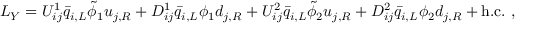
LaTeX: { \cal L } _ { Y } = U _ { i j } ^ { 1 } { \bar { q } } _ { i , L } { \tilde { \phi } } _ { 1 } u _ { j , R } + D _ { i j } ^ { 1 } { \bar { q } } _ { i , L } { \phi } _ { 1 } d _ { j , R } + U _ { i j } ^ { 2 } { \bar { q } } _ { i , L } { \tilde { \phi } } _ { 2 } u _ { j , R } + D _ { i j } ^ { 2 } { \bar { q } } _ { i , L } { \phi } _ { 2 } d _ { j , R } + \mathrm { h . c . } ~ ,